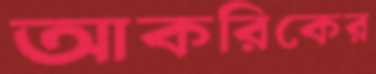
আকরিকের